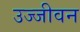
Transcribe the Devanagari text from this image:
उज्जीवन